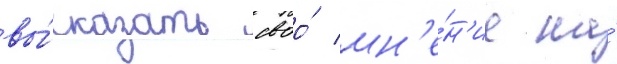
вы́сказать своо́ мн'е́н'ие на́